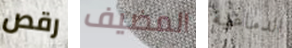
رقص المضيف الدماغية